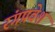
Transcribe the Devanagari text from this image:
रंगप्रवेश